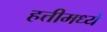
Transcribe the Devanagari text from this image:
हत्तीमध्ये